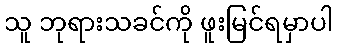
သူ ဘုရားသခင်ကို ဖူးမြင်ရမှာပါ